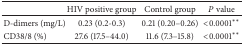
|  | HIV positive group | Control group | P value |
 | --- | --- | --- | --- |
 | D-dimers (mg/L) | 0.23 (0.2-0.3) | 0.21 (0.20–0.26) | <0.0001** |
 | CD38/8 (%) | 27.6 (17.5–44.0) | 11.6 (7.3–15.8) | <0.0001** |